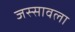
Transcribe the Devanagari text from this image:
जस्सावला